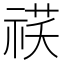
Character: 䄏